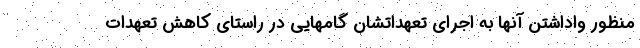
منظور واداشتن آنها به اجرای تعهداتشان گامهایی در راستای کاهش تعهدات